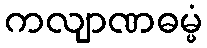
ကလျာဏဓမ္မံ